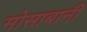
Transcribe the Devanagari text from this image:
मोसाबानी